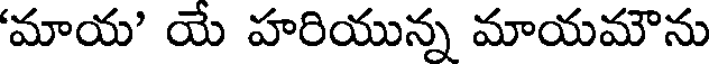
'మాయ' యే హరియున్న మాయమౌను